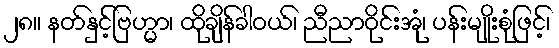
၂၈။ နတ်နှင့်ဗြဟ္မာ၊ ထိုချိန်ခါဝယ်၊ ညီညာဝိုင်းအုံ၊ ပန်းမျိုးစုံဖြင့်၊